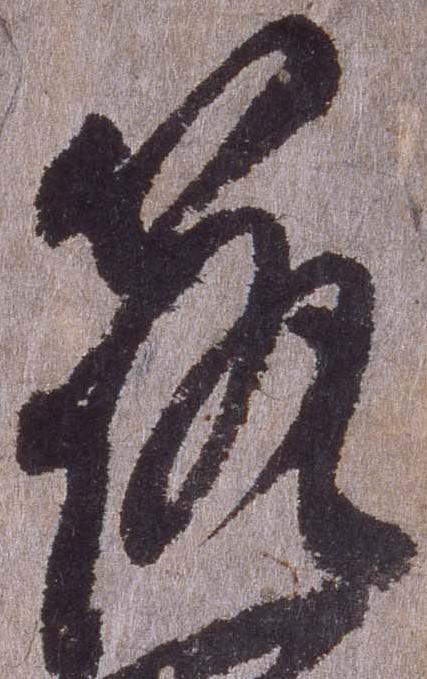
筑